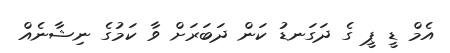
އެމް ޑީ ޕީ ގެ ދަގަނޑު ކަން ދަބަރަށް ވާ ކަމުގެ ނިޝާނެއް